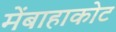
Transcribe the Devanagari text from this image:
मेंबाहाकोट